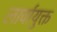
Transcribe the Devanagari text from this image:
लार्वायुक्त